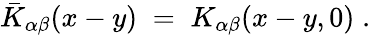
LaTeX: {\bar{K}}_{\alpha\beta}(x-y)\; =\; K_{\alpha\beta}(x-y,0)\; .